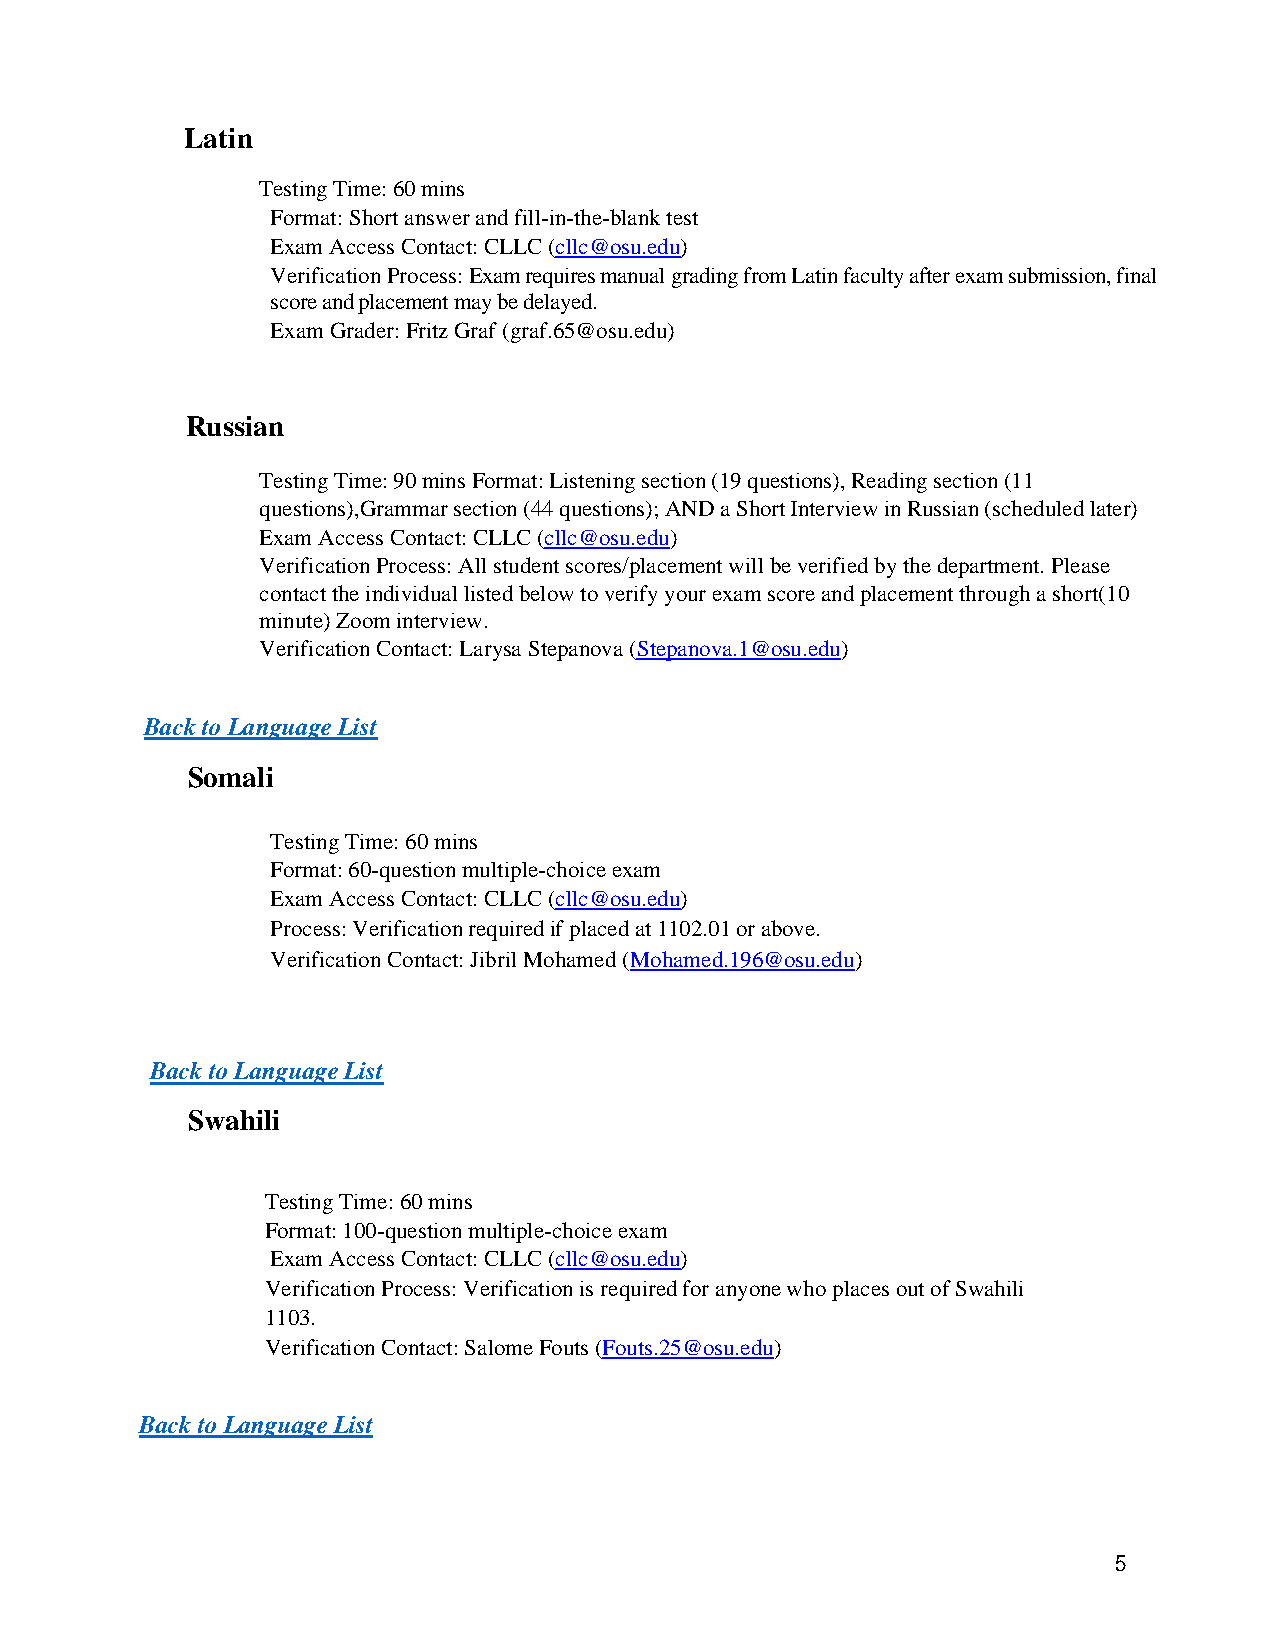
Latin
 Testing Time: 60 mins
 Format: Short answer and fill-in-the-blank test
 Exam Access Contact: CLLC (cllc@osu.edu)
 Verification Process: Exam requires manual grading from Latin faculty after exam submission, final
 score and placement may be delayed.
 Exam Grader: Fritz Graf (graf.65@osu.edu)
 Russian
 Testing Time: 90 mins Format: Listening section (19 questions), Reading section (11
 questions), Grammar section (44 questions); AND a Short Interview in Russian (scheduled later)
 Exam Access Contact: CLLC (cllc@osu.edu)
 Verification Process: All student scores/placement will be verified by the department. Please
 contact the individual listed below to verify your exam score and placement through a short (10
 minute) Zoom interview.
 Verification Contact: Larysa Stepanova (Stepanova.1@osu.edu)
 Back to Language List
 Somali
 Testing Time: 60 mins
 Format: 60-question multiple-choice exam
 Exam Access Contact: CLLC (cllc@osu.edu)
 Process: Verification required if placed at 1102.01 or above.
 Verification Contact: Jibril Mohamed (Mohamed.196@osu.edu)
 Back to Language List
 Swahili
 Testing Time: 60 mins
 Format: 100-question multiple-choice exam
 Exam Access Contact: CLLC (cllc@osu.edu)
 Verification Process: Verification is required for anyone who places out of Swahili
 1103.
 Verification Contact: Salome Fouts (Fouts.25@osu.edu)
 Back to Language List
 5